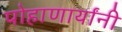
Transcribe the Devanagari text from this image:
पोहाणार्यांनी